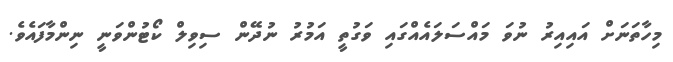
މިހާތަނަށް އައިއިރު ނުވަ މައްސަލައެއްގައި ވަގުތީ އަމުރު ނުދޭން ސިވިލް ކޯޓުންވަނީ ނިންމާފައެވެ.